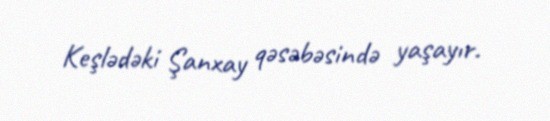
Keşlədəki Şanxay qəsəbəsində yaşayır.